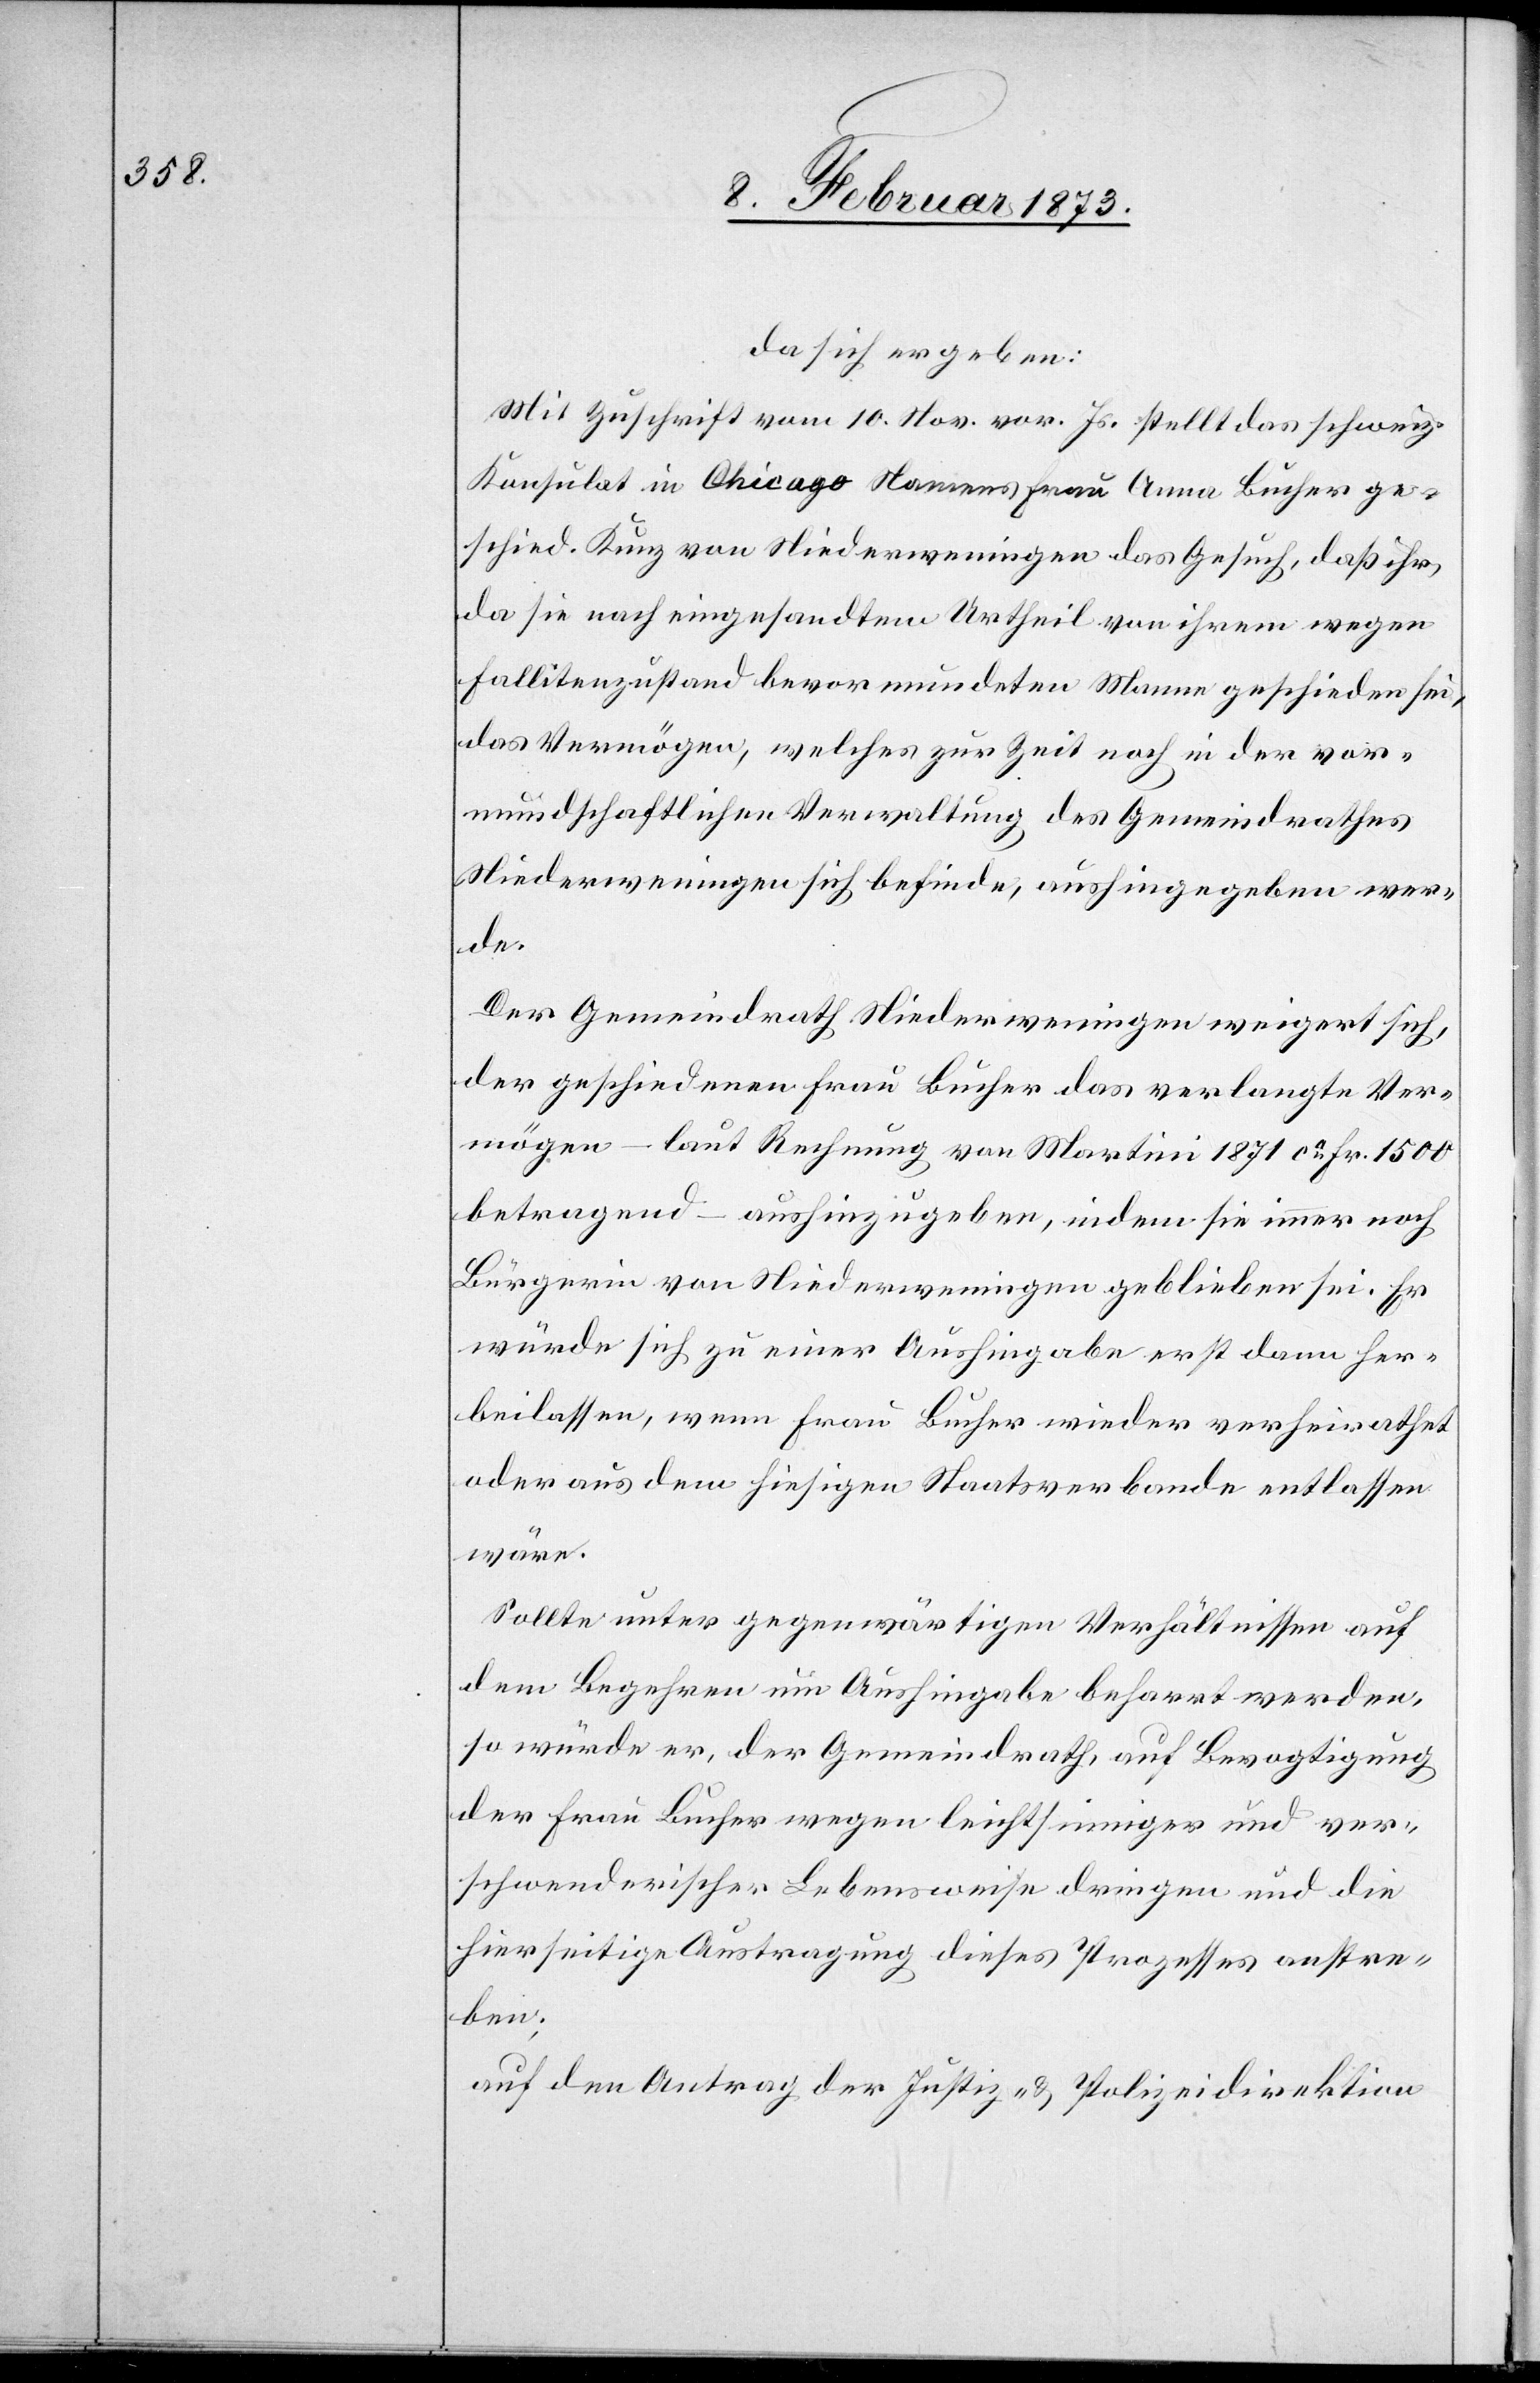
da sich ergeben:
Mit Zuschrift vom 10. Nov. vor. Js. stellt das schweiz.
Konsulat in Chicago Namens Frau Anna Bucher ge¬
schied. Kunz von Niederweningen das Gesuch, daß ihr,
da sie nach eingesandtem Urtheil von ihrem wegen
Fallitenzustand bevormundeten Mann geschieden sei,
das Vermögen, welches zur Zeit noch in der vor¬
mundschaftlichen Verwaltung des Gemeindrathes
Niederweningen sich befinde, aushingegeben wer¬
de.
Der Gemeindrath Niederweningen weigert sich,
der geschiedenen Frau Bucher das verlangte Ver¬
mögen – laut Rechnung von Martini 1871 ca Fr. 1500
betragend – aushinzugeben, indem sie immer noch
Bürgerin von Niederweningen geblieben sei. Er
würde sich zu einer Aushingabe erst dann her¬
beilassen, wenn Frau Bucher wieder verheirathet
oder aus dem hiesigen Staatsverbande entlassen
wäre.
Sollte unter gegenwärtigen Verhältnissen auf
dem Begehren um Aushingabe beharrt werden,
so würde er, der Gemeindrath, auf Bevogtigung
der Frau Bucher wegen leichtsinniger und ver¬
schwenderischer Lebensweise dringen und die
hierseitige Austragung dieses Prozesses anstre¬
ben;
auf den Antrag der Justiz- u. Polizeidirektion